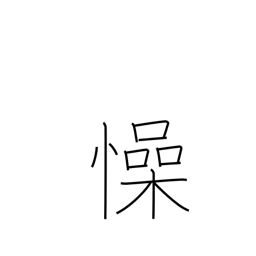
Meaning: unease